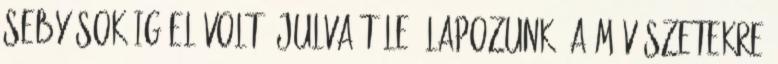
Seby sokáig el volt ájulva tőle. Lapozunk; a művészetekre